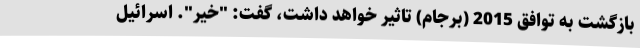
بازگشت به توافق 2015 (برجام) تاثیر خواهد داشت، گفت: "خیر". اسرائیل